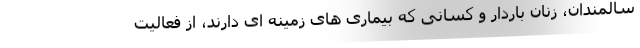
سالمندان، زنان باردار و کسانی که بیماری های زمینه ای دارند، از فعالیت